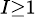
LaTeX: \scriptstyle{I\geq 1}